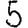
Digit: 5